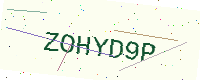
Text: ZOHYD9P